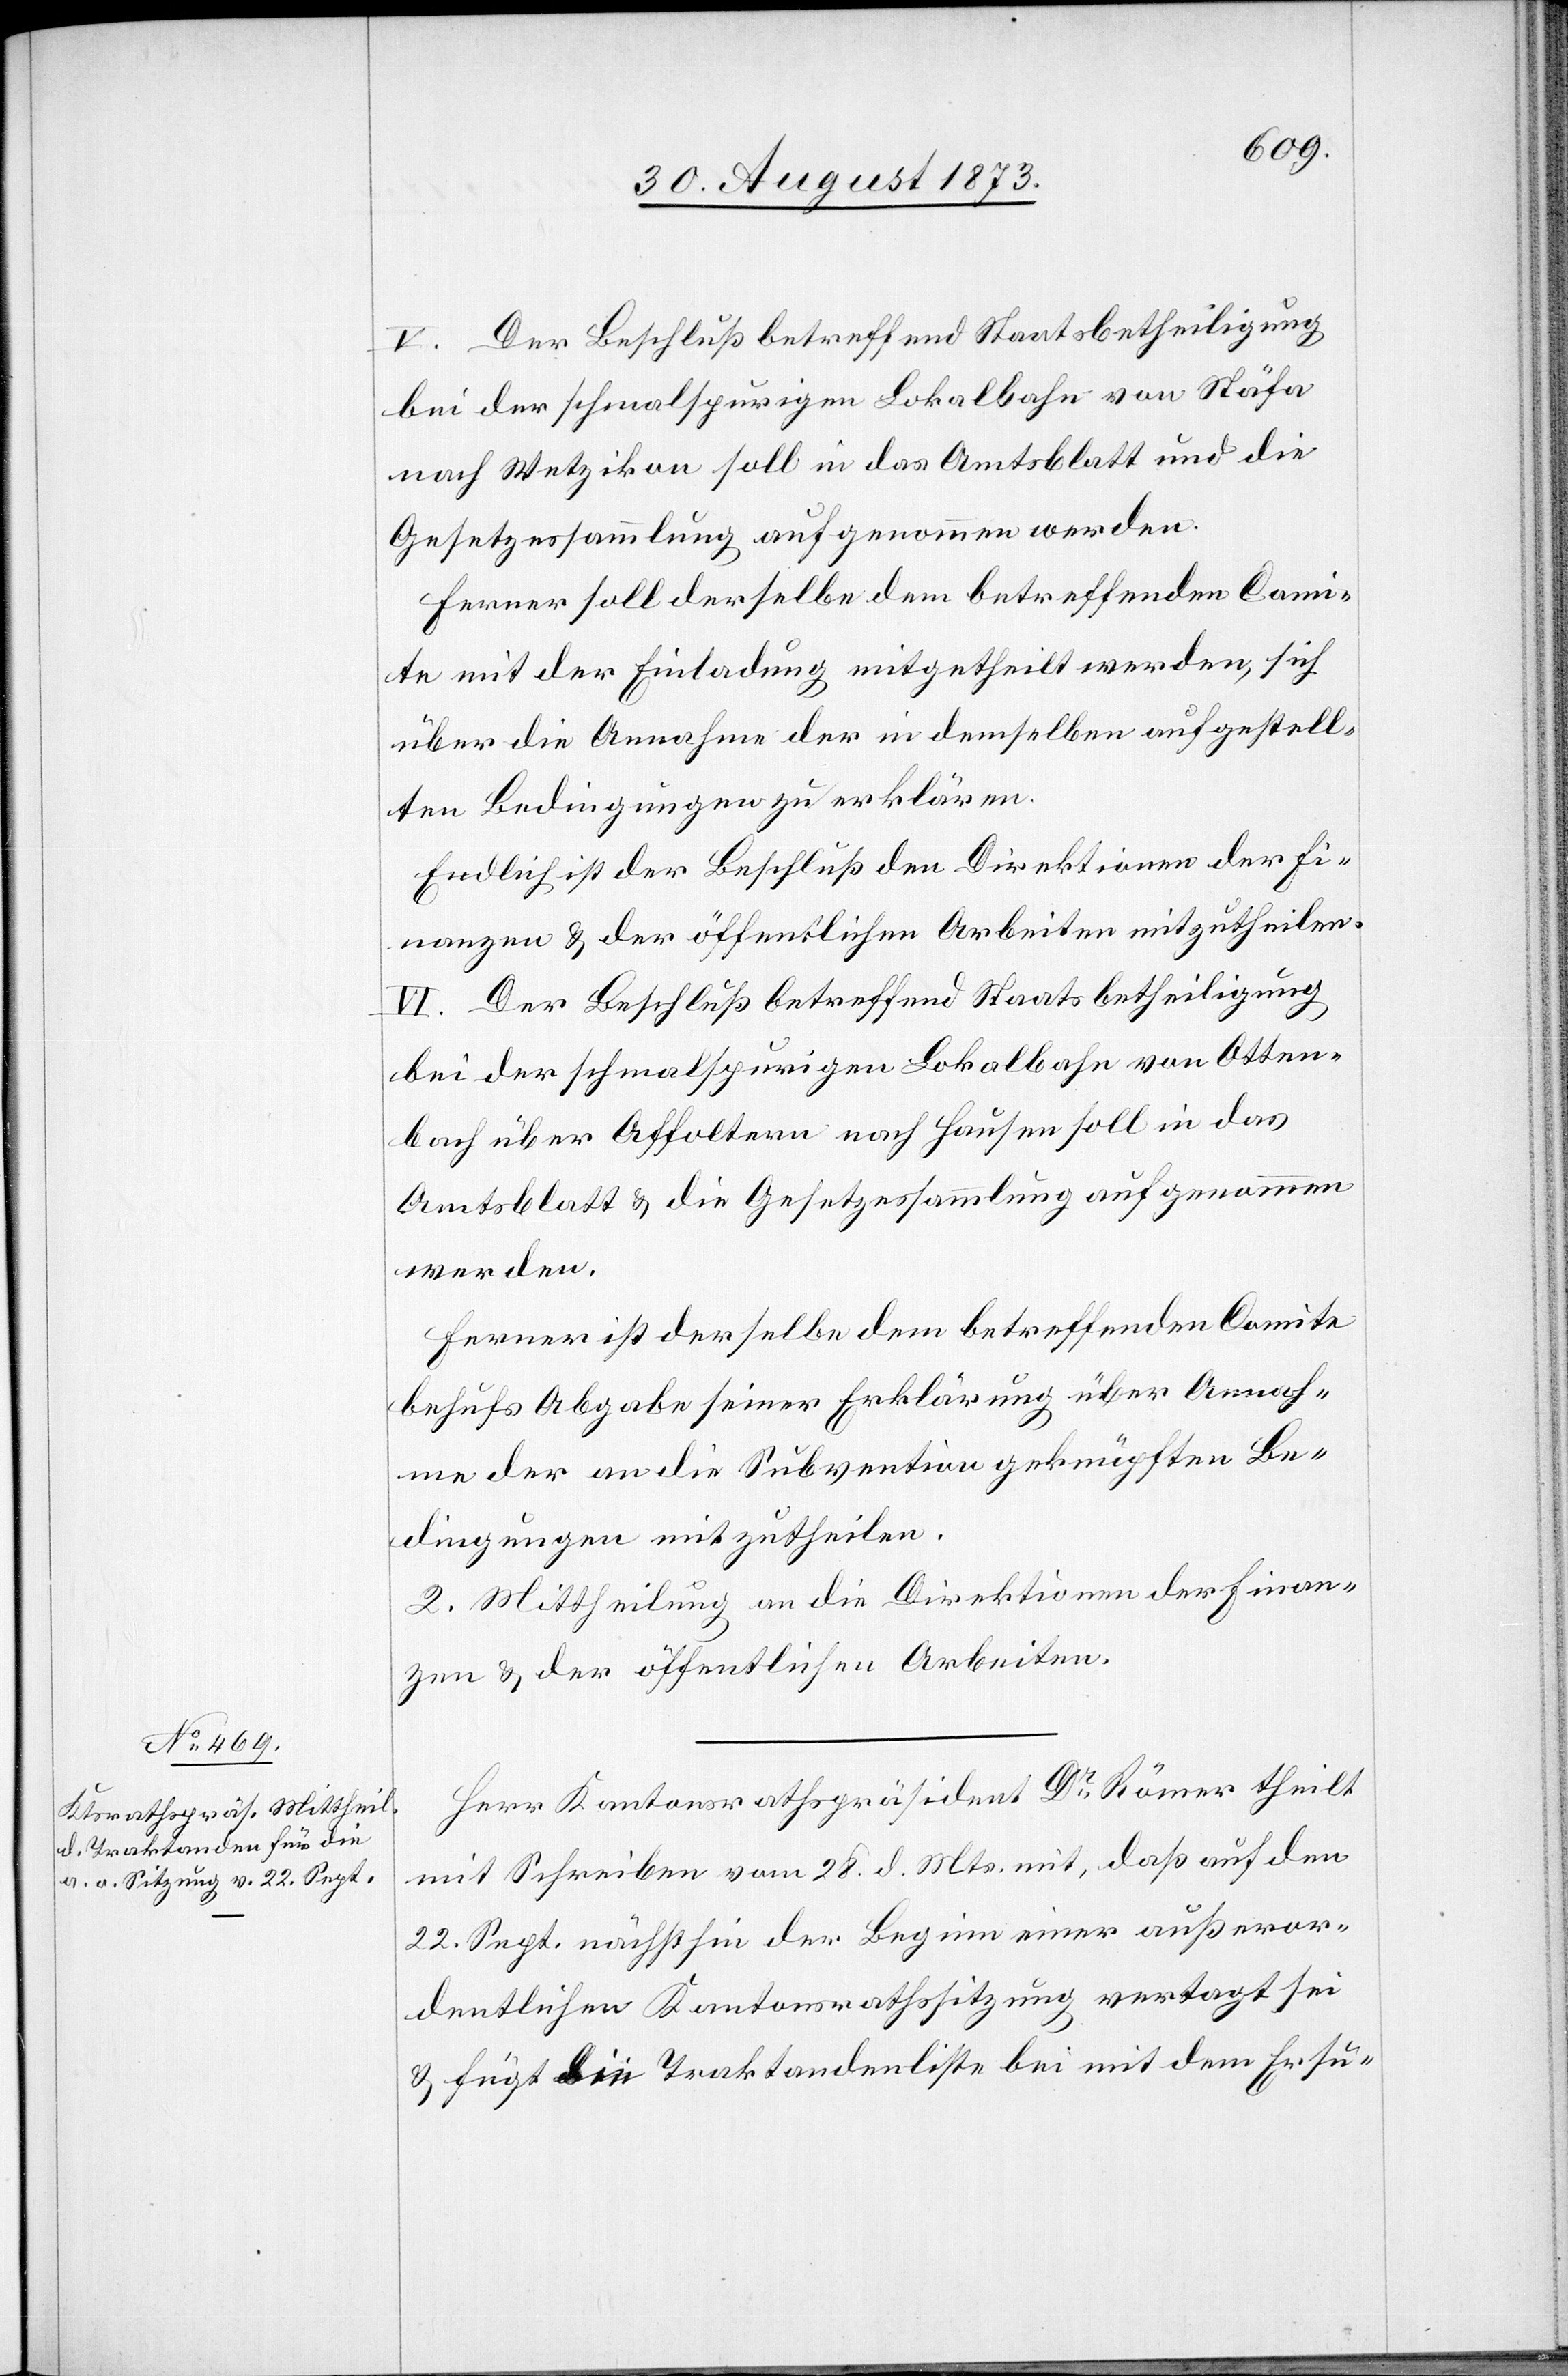
V. Der Beschluß betreffend Staatsbetheiligung
bei der schmalspurigen Lokalbahn von Stäfa
nach Wetzikon soll in das Amtsblatt und die
Gesetzessammlung aufgenommen werden.
Ferner soll derselbe dem betreffenden Comi¬
te mit der Einladung mitgehteilt werden, sich
über die Annahme der in demselben aufgestell¬
ten Bedingungen zu erklären.
Endlich ist der Beschluß den Direktionen der Fi¬
nanzen & der öffentlichen Arbeiten mitzutheilen.
VI. Der Beschluß betreffend Staatsbetheiligung
bei der schmalspurigen Lokalbahn von Otten¬
bach über Affoltern nach Hausen soll in das
Amtsblatt & die Gesetzessammlung aufgenommen
werden.
Ferner ist derselbe dem betreffenden Comite
behufs Abgabe seiner Erklärung über Annah¬
me der an die Subvention geknüpften Be¬
dingungen mitzutheilen.
2. Mittheilung an die Direktionen der Finan¬
zen & der öffentlichen Arbeiten.
Herr Kantonsrathspräsident Dr Römer theilt
mit Schreiben vom 28. d. Mts. mit, daß auf den
22. Sept. nächsthin der Beginn einer außeror¬
dentlichen Kantonsrathssitzung vertagt sei
& fügt die Traktandenliste bei mit dem Ersu-